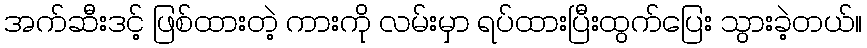
အက်ဆီးဒင့် ဖြစ်ထားတဲ့ ကားကို လမ်းမှာ ရပ်ထားပြီးထွက်ပြေး သွားခဲ့တယ်။